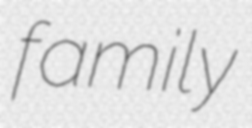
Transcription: family